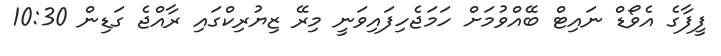
ފީފާގެ އެވޯޑް ނައިޓް ބޭއްވުމަށް ހަމަޖެހިފައިވަނީ މިރޭ ޒިޔުރިކްގައި ރާއްޖެ ގަޑިން 10:30